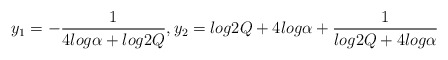
\begin{align*}y_{1} = -\frac{1}{4log\alpha + log2Q},y_{2} = log2Q + 4log\alpha +\frac{1}{log2Q + 4log\alpha}\end{align*}